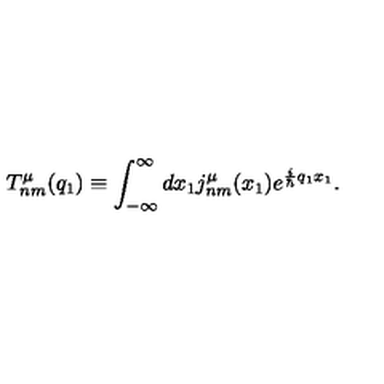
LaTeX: T _ { n m } ^ { \mu } ( q _ { 1 } ) \equiv \int _ { - \infty } ^ { \infty } d x _ { 1 } j _ { n m } ^ { \mu } ( x _ { 1 } ) e ^ { \frac { i } { \hbar } q _ { 1 } x _ { 1 } } .